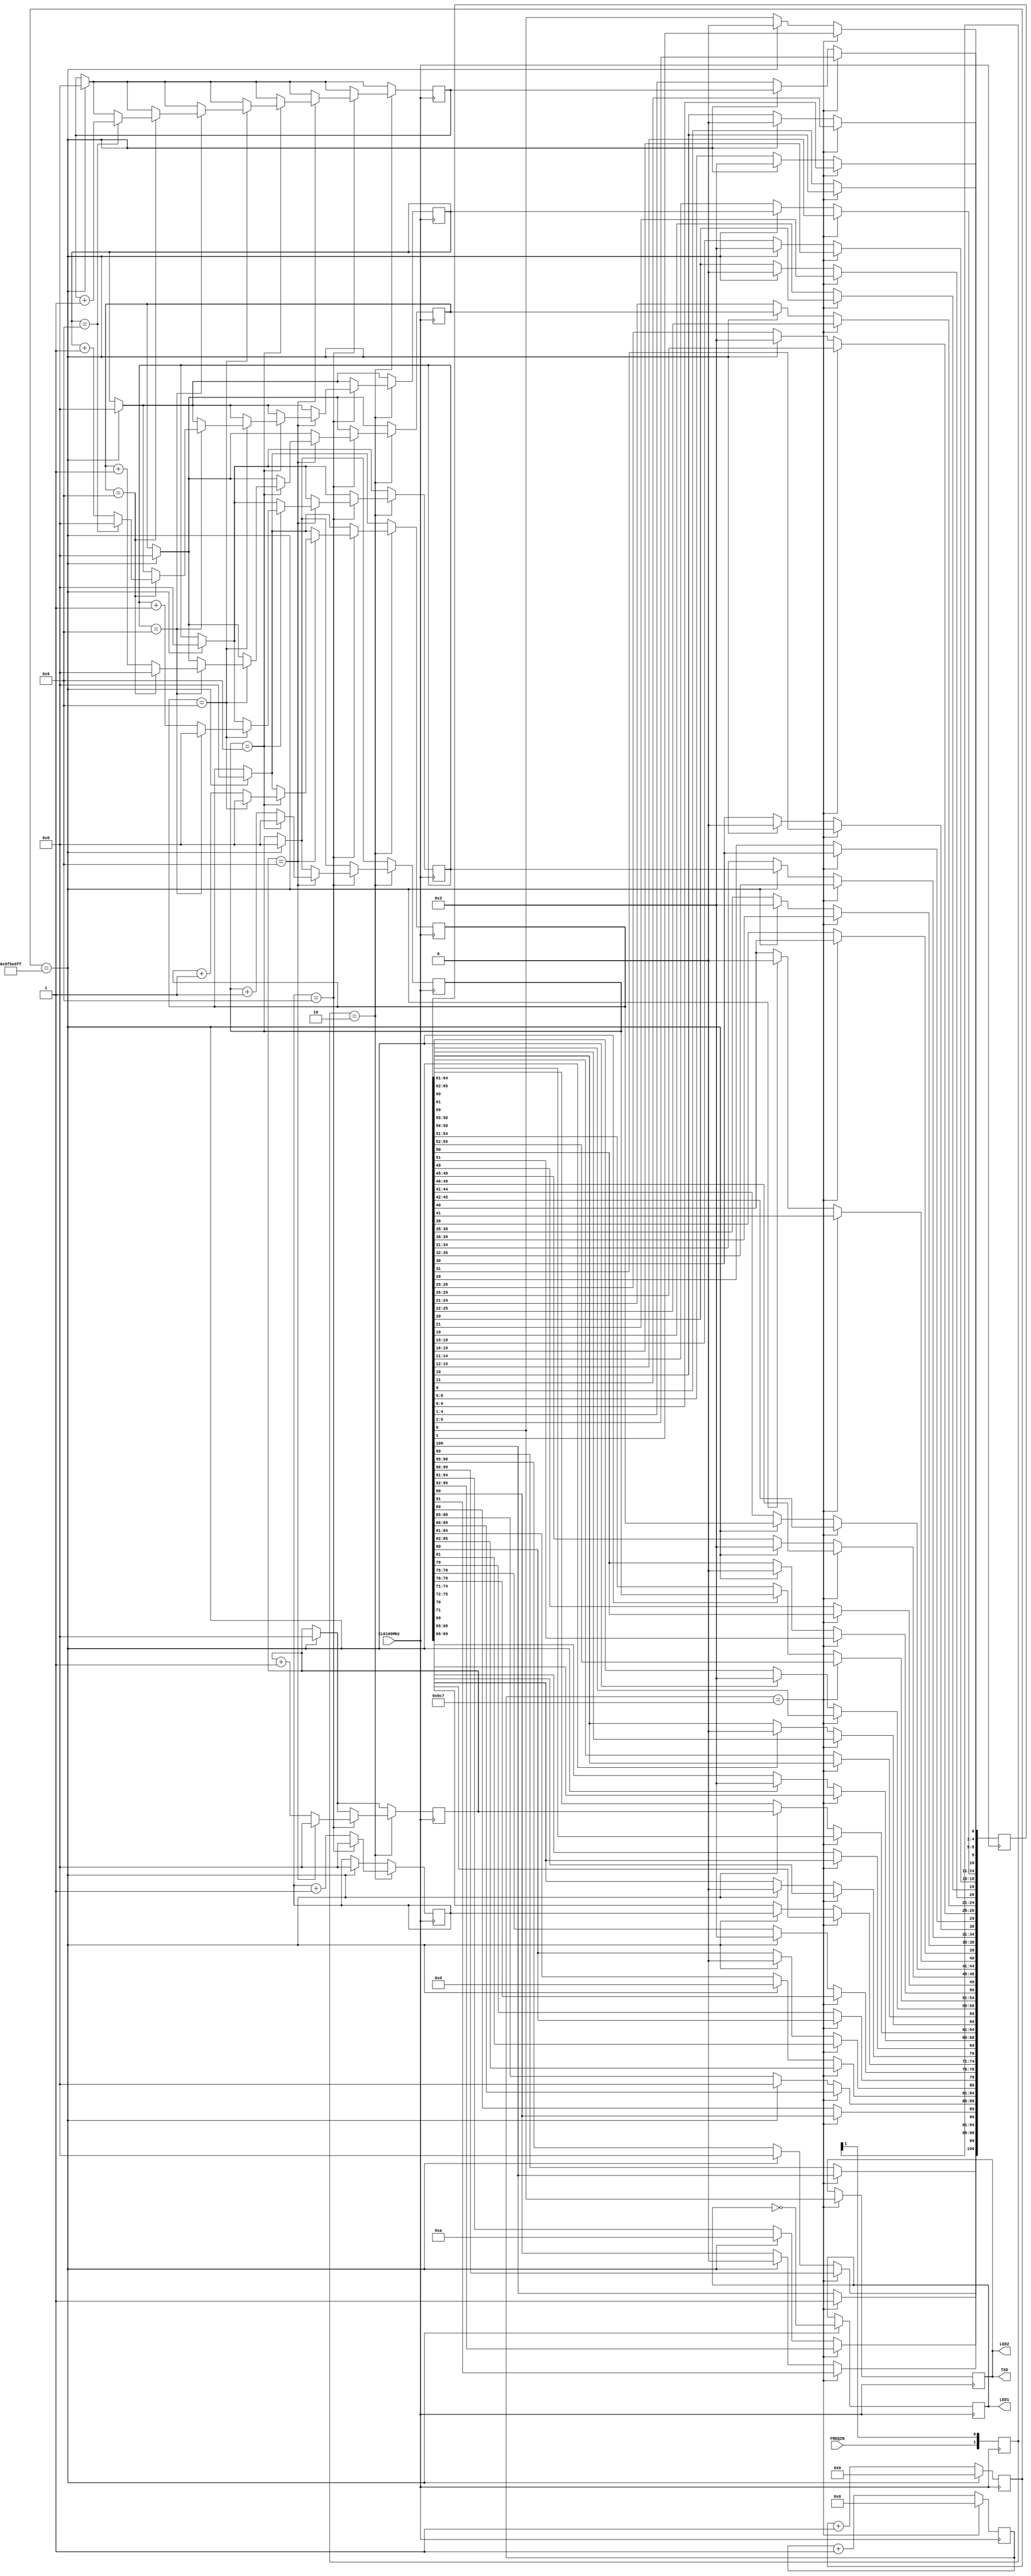
`timescale 1ns / 1ps

module fmeter(
	CLK100MHz,
	FREQIN,
	TXD,
	LED1,
	LED2
);

input	CLK100MHz;
input   FREQIN;
output  TXD;
output	LED1;
output	LED2;

reg [1:0]	r_fin;
reg		r_LED1;
reg		r_LED2;
reg		r_txd;

reg	[11:0]	presc_uart;
reg	[27:0]	prescaler;
reg	[3:0]	frequency [0:7];
reg 	[100:0] bitresult;

parameter	PRESCR = 99999999;
parameter 	BAUDRATE = 1735; //57600 bps


assign LED1 = r_LED1;
assign LED2 = r_txd;
assign TXD = r_txd;


always @ (posedge CLK100MHz) begin 
//Time base 1 second
	if (prescaler == PRESCR) begin
		prescaler <= 0;
// copy bcd counter to fifo shift register in ASCII format with \r\n on the end
		bitresult[0] <= 0;
		bitresult[4:1] <= frequency[7];
		bitresult[8:5] <= 3;
		
		bitresult[10] <= 0;
		bitresult[14:11] <= frequency[6];
		bitresult[18:15] <= 3;
		
		bitresult[20] <= 0;
		bitresult[24:21] <= frequency[5];
		bitresult[28:25] <= 3;
		
		bitresult[30] <= 0;
		bitresult[34:31] <= frequency[4];
		bitresult[38:35] <= 3;
		
		bitresult[40] <= 0;
		bitresult[44:41] <= frequency[3];
		bitresult[48:45] <= 3;
						
		bitresult[50] <= 0;
		bitresult[54:51] <= frequency[2];
		bitresult[58:55] <= 3;

		bitresult[60] <= 0;
		bitresult[64:61] <= frequency[1];
		bitresult[68:65] <= 3;
			
		bitresult[70] <= 0;
		bitresult[74:71] <= frequency[0];
		bitresult[78:75] <= 3;
			
		bitresult[80] <= 0;
		bitresult[84:81] <= 4'b1101;
		bitresult[88:85] <= 0;
						
			
		bitresult[90] <= 0;
		bitresult[94:91] <= 4'b1010;
		bitresult[98:95] <= 0;	
			
		frequency[0] <= 0;
		frequency[1] <= 0;
		frequency[2] <= 0;
		frequency[3] <= 0;
		frequency[4] <= 0;
		frequency[5] <= 0;
		frequency[6] <= 0;
		frequency[7] <= 0;
		r_LED1 <= !r_LED1;		
	end else prescaler <= prescaler + 1;
		
		

		
// UART fifo shift register		

	if (presc_uart == BAUDRATE) begin
		presc_uart <= 0;
		r_txd <= bitresult[0];
		bitresult <= bitresult >> 1;
		bitresult[100] <= 1;
		end else presc_uart <= presc_uart + 1;
		
// Check for negedge on FREQIN pin		
		r_fin <= r_fin >> 1;
		r_fin[1] <= FREQIN;
		
		if (r_fin == 2'b10) begin
		// Count in BCD format
		frequency[0] <= frequency[0] + 1;
		if (frequency[0] == 9) begin
			frequency[0] <= 0;
			frequency[1] <= frequency[1] + 1;
			if (frequency[1] == 9) begin
				frequency[1] <= 0;
				frequency[2] <= frequency[2] + 1;
				if (frequency[2] == 9) begin
					frequency[2] <= 0;
					frequency[3] <= frequency[3] + 1;
					if (frequency[3] == 9) begin
						frequency[3] <= 0;
						frequency[4] <= frequency[4] + 1;
						if (frequency[4] == 9) begin
							frequency[4] <= 0;
							frequency[5] <= frequency[5] + 1;
							if (frequency[5] == 9) begin
								frequency[5] <= 0;
								frequency[6] <= frequency[6] + 1;
								if (frequency[6] == 9) begin
								frequency[6] <= 0;
								frequency[7] <= frequency[7] + 1;
								end
							end
						end
					end
				end
			end
		end
	end
end
endmodule